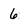
Character: 6